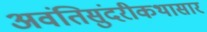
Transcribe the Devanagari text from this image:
अवंतिसुंदरीकथासार